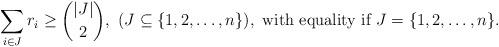
LaTeX: \begin{align*}\sum_{i\in J} r_i\ge {{|J|}\choose 2},\ (J \subseteq \{1,2,\ldots,n\}), \mbox{ with equality if $J=\{1,2,\ldots,n\}$}.\end{align*}